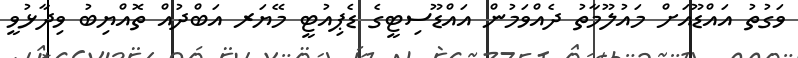
ވަގުުތު އައްޑޫއަށް މައުލޫމާތު ދެއްވަމުން އައްޑޫސިޓީގެ ޑެޕިއުޓީ މޭޔަރ އަބްދުއް ތޮއްޔިބު ވިދާޅުވީ